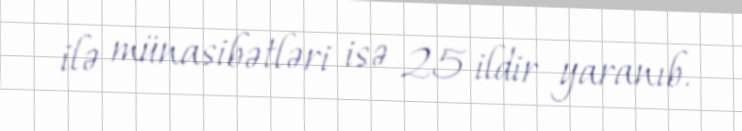
ilə münasibətləri isə 25 ildir yaranıb.